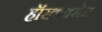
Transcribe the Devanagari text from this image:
हॉरक्रक्सेस